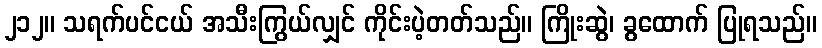
၂၁၂။ သရက်ပင်ငယ် အသီးကြွယ်လျှင် ကိုင်းပဲ့တတ်သည်။ ကြိုးဆွဲ၊ ခွထောက် ပြုရသည်။